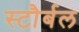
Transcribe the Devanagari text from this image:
स्टौर्बल